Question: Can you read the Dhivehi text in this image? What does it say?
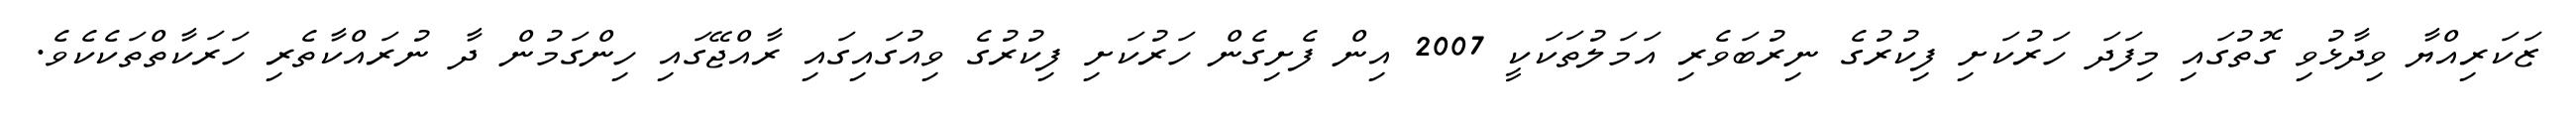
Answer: ޒަކަރިއްޔާ ވިދާޅުވި ގޮތުގައި މިފަދަ ހަރުކަށި ފިކުރުގެ ނިރުބަވެރި އަމަލުތަކަކީ 2007 އިން ފެށިގެން ހަރުކަށި ފިކުރުގެ ވިއުގައިގައި ރާއްޖޭގައި ހިންގަމުން ދާ ނުރައްކާތެރި ހަރަކާތްތަކެކެވެ.